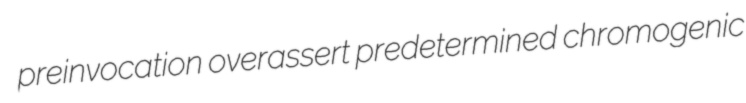
preinvocation overassert predetermined chromogenic